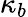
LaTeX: \kappa_{b}